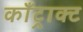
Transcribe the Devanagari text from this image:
काँट्राक्ट